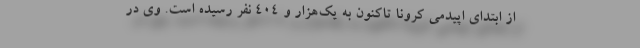
از ابتدای اپیدمی کرونا تاکنون به یک‌هزار و ۴۰۴ نفر رسیده است. وی در